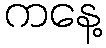
ကနေ့